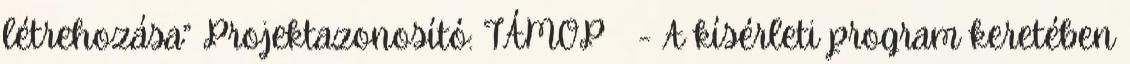
létrehozása” Projektazonosító: TÁMOP - A kísérleti program keretében